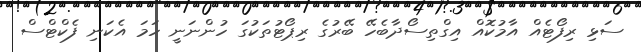
ސަޅި ރިފޯޓެއް އާމުކޮއް އިގްތިސޯދާބެހޭ ބޭރުގެ ރިޕޯޓުތަކުގަ ހުންނަނީ ހަމަ އެކަނި ފެކްޓްސް